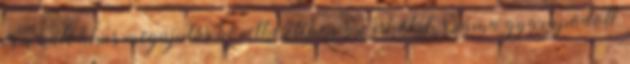
és a katolikus megújulás következtében az iskolák száma gyarapodott,